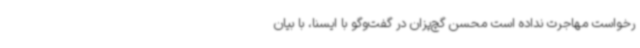
رخواست مهاجرت نداده است محسن گچ‌پزان در گفت‌وگو با ایسنا، با بیان